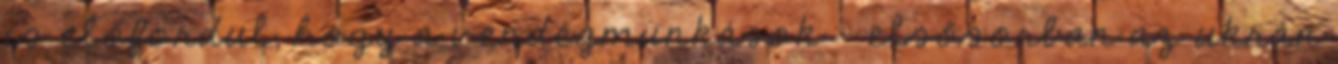
is előfordul, hogy a vendégmunkások - elsősorban az ukrán